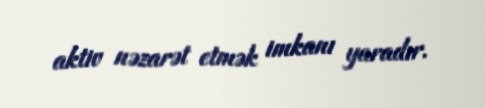
aktiv nəzarət etmək imkanı yaradır.